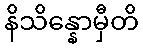
နိသိန္နောမှီတိ